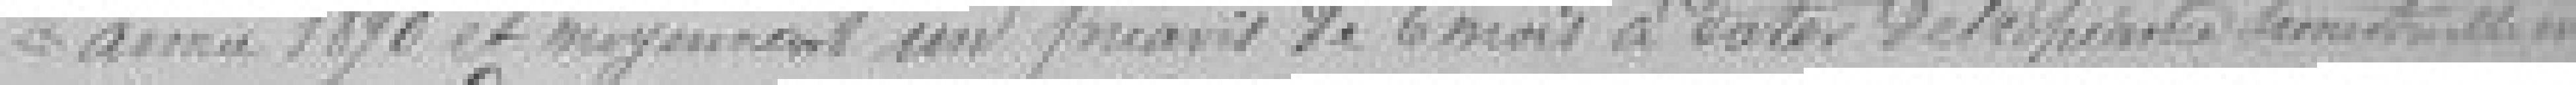
année 1890 et moyennant un préavis de 6 mois à dater de